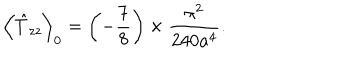
\left\langle \hat { T } _ { z z } \right\rangle _ { 0 } = \left( - \frac { 7 } { 8 } \right) \times \frac { \pi ^ { 2 } } { 2 4 0 a ^ { 4 } } .